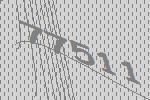
77511